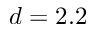
d = 2 . 2